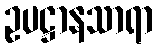
ဥပဋ္ဌာနသာရာ